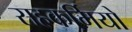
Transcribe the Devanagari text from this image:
सहकर्मियो